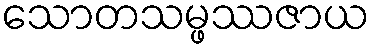
သောတသမ္ဖဿဇာယ